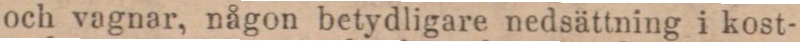
och vagnar, någon betydligare nedsättning i kost-